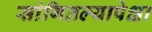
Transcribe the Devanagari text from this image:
सांगितल्यापेक्षा